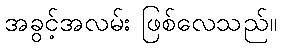
အခွင့်အလမ်း ဖြစ်လေသည်။